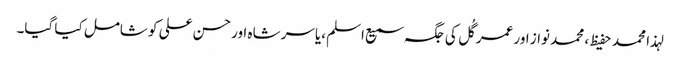
لہذا محمد حفیظ ، محمد نواز اور عمر گُل کی جگہ سمیع اسلم ،یاسر شاہ اور حسن علی کو شامل کیا گیا۔